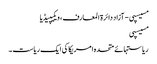
مسیسپی - آزاد دائرۃ المعارف، ویکیپیڈیا
مسیسپی
ریاستہائے متحدہ امریکا کی ایک ریاست ۔